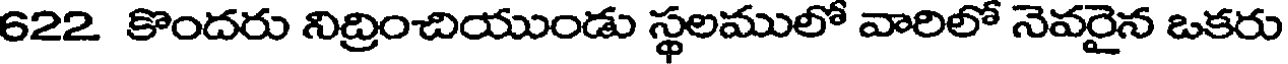
622 కొందరు నిద్రించియుండు స్థలములో వారిలో నెవరైన ఒకరు